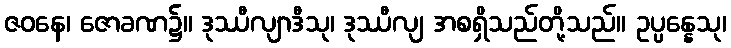
ဇဝနေ၊ ဇောခဏ၌။ ဒုဿီလျာဒီသု၊ ဒုဿီလျ အစရှိသည်တို့သည်။ ဥပ္ပန္နေသု၊